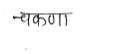
मजकूर: चकणा